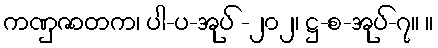
ကဏှဇာတက၊ ပါ-ပ-အုပ် -၂၀၂၊ ဋ္ဌ-စ-အုပ်-၇။ ။